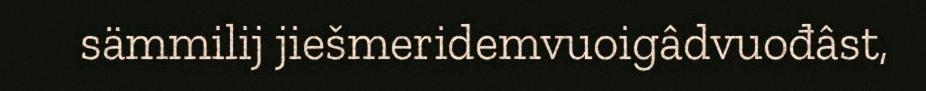
sämmilij jiešmeridemvuoigâdvuođâst,